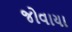
જોવાયા